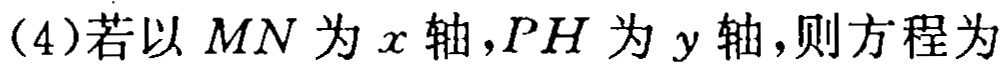
（4）若以 \(MN\) 为 \(x\) 轴，\(PH\) 为 \(y\) 轴，则方程为